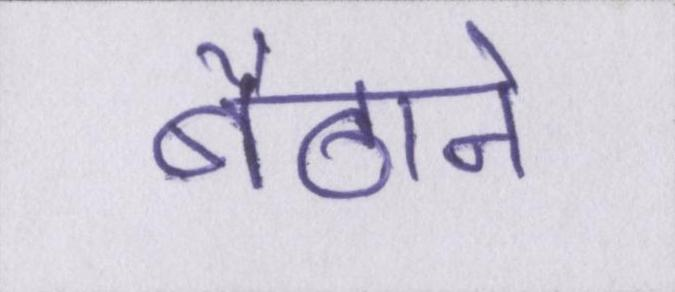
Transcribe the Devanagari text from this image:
बैठाने